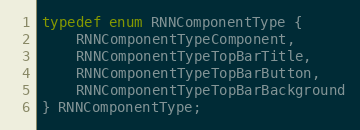
Language: C
typedef enum RNNComponentType {
    RNNComponentTypeComponent,
    RNNComponentTypeTopBarTitle,
    RNNComponentTypeTopBarButton,
    RNNComponentTypeTopBarBackground
} RNNComponentType;